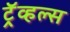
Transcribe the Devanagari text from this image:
ट्रॅव्हल्स